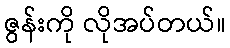
ဇွန်းကို လိုအပ်တယ်။